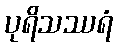
ပုရိသဿရံ